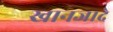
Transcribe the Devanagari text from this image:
खानजादे